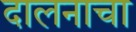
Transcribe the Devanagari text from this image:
दालनाचा